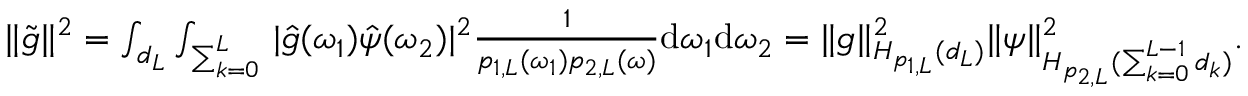
\begin{array} { r } { \Vert \tilde { g } \Vert ^ { 2 } = \int _ { \r { d _ { L } } } \int _ { \r { \sum _ { k = 0 } ^ { L } } } \vert \hat { g } ( \omega _ { 1 } ) \hat { \psi } ( \omega _ { 2 } ) \vert ^ { 2 } \frac 1 { p _ { 1 , L } ( \omega _ { 1 } ) p _ { 2 , L } ( \omega ) } \mathrm { d } \omega _ { 1 } \mathrm { d } \omega _ { 2 } = \Vert g \Vert _ { H _ { p _ { 1 , L } } ( \r { d _ { L } } ) } ^ { 2 } \Vert \psi \Vert _ { H _ { p _ { 2 , L } } ( \r { \sum _ { k = 0 } ^ { L - 1 } d _ { k } } ) } ^ { 2 } . } \end{array}